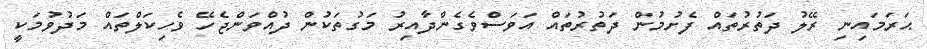
ޙަރަމައިނި ރޭލު ދަތުރުތައް ފެށުމުން ދަތުރުތައް އަަވަސްވެގެންދާއިރު މަގުތަކުން ދުއްވަންޖެހޭ ވެހިކަލްތައް މަދުވުމަކީ